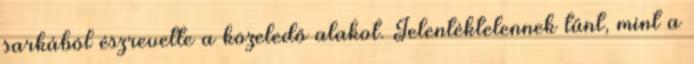
sarkából észrevette a közeledő alakot. Jelentéktelennek tűnt, mint a